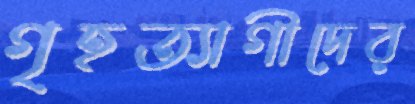
গৃহত্যাগীদের